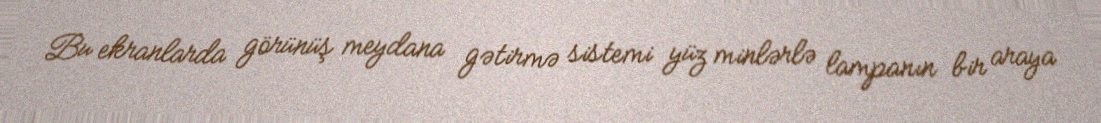
Bu ekranlarda görünüş meydana gətirmə sistemi yüz minlərlə lampanın bir araya